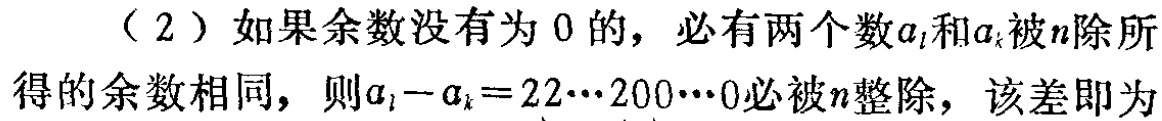
（2）如果余数没有为 0 的，必有两个数\(a_{l}\)和\(a_{k}\)被\(n\)除所得的余数相同，则\(a_{l}-a_{k}=22\cdots200\cdots0\)必被\(n\)整除，该差即为